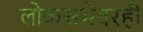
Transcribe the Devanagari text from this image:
लोकसभेवरही